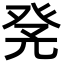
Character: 𤼫